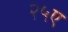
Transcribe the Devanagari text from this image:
२५ए